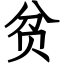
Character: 贫